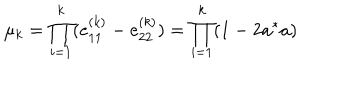
\mu _ { k } = \prod _ { i = 1 } ^ { k } ( e _ { 1 1 } ^ { ( k ) } - e _ { 2 2 } ^ { ( k ) } ) = \prod _ { i = 1 } ^ { k } ( 1 - 2 a ^ { * } a )